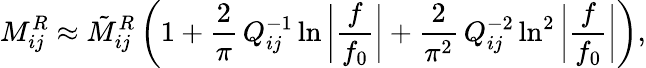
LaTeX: M_{ij}^{R}\approx\tilde{M}_{ij}^{R}\left(1+\frac{2}{\pi}\, Q_{ij}^{-1}\ln{\bigg|\frac{f}{f_{0}}\bigg|}+\frac{2}{\pi^{2}}\, Q_{ij}^{-2}\ln^{2}{\bigg|\frac{f}{f_{0}}\bigg|}\right),